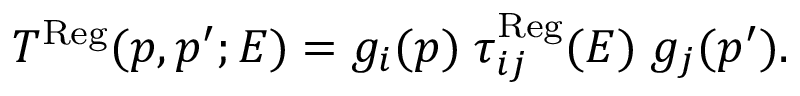
T ^ { \mathrm { R e g } } ( p , p ^ { \prime } ; E ) = g _ { i } ( p ) \; \tau _ { i j } ^ { \mathrm { R e g } } ( E ) \; g _ { j } ( p ^ { \prime } ) .